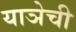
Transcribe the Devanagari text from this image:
याञेची